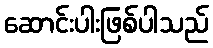
ဆောင်းပါးဖြစ်ပါသည်